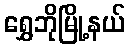
ရွှေဘိုမြို့နယ်